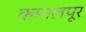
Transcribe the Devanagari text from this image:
कमालपूर